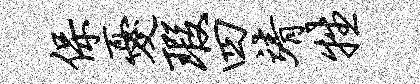
保忧瑕四靖牲